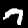
Digit: 7